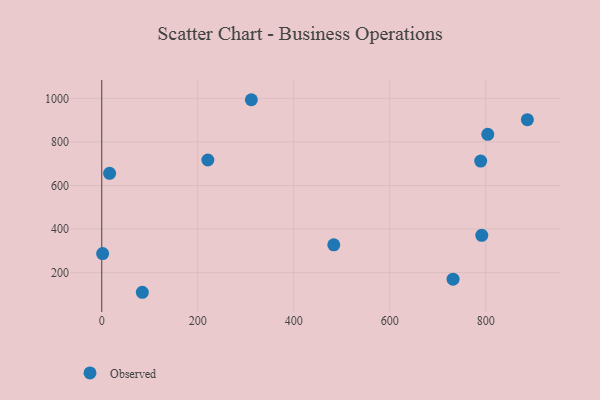
{"axis": {"x": "Speed", "y": "Exam Score"}, "legend": ["Observed"], "data": [{"x": "311.6", "y": 993.9, "type": "Observed"}, {"x": "1.8", "y": 287.5, "type": "Observed"}, {"x": "804.1", "y": 835.2, "type": "Observed"}, {"x": "791.6", "y": 371.3, "type": "Observed"}, {"x": "84.5", "y": 110.0, "type": "Observed"}, {"x": "886.6", "y": 902.5, "type": "Observed"}, {"x": "221.0", "y": 717.1, "type": "Observed"}, {"x": "731.8", "y": 170.2, "type": "Observed"}, {"x": "16.3", "y": 656.0, "type": "Observed"}, {"x": "789.3", "y": 712.5, "type": "Observed"}, {"x": "483.3", "y": 327.9, "type": "Observed"}]}